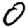
Digit: 0